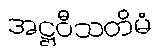
အဋ္ဌဝီသတိမံ